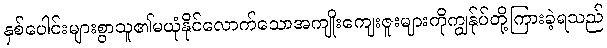
နှစ်ပေါင်းများစွာသူ၏မယုံနိုင်လောက်သောအကျိုးကျေးဇူးများကိုကျွန်ုပ်တို့ကြားခဲ့ရသည်